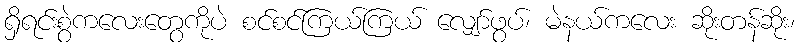
ရှိရင်းစွဲကလေးတွေကိုပဲ စင်စင်ကြယ်ကြယ် လျှော်ဖွပ်၊ မဲနယ်ကလေး ဆိုးတန်ဆိုး၊